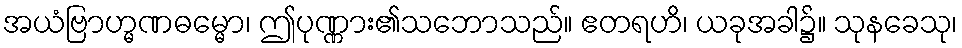
အယံဗြာဟ္မဏဓမ္မော၊ ဤပုဏ္ဏား၏သဘောသည်။ ဧတရဟိ၊ ယခုအခါ၌။ သုနခေသု၊